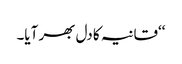
‘‘قانیہ کا دل بھر آیا۔